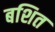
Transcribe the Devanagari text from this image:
बशित